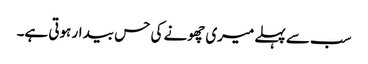
سب سے پہلے میری چھونے کی حس بیدار ہوتی ہے۔